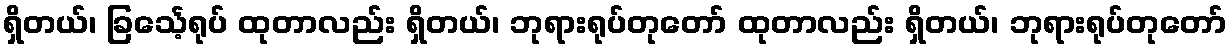
ရှိတယ်၊ ခြင်္သေ့ရုပ် ထုတာလည်း ရှိတယ်၊ ဘုရားရုပ်တုတော် ထုတာလည်း ရှိတယ်၊ ဘုရားရုပ်တုတော်